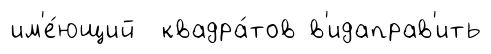
им'е́ющий квадра́тов в'идаправ'ить